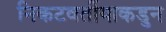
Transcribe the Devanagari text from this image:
निकटवर्तीयाकडुन